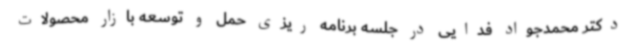
دکتر محمدجواد فدایی در جلسه برنامه ریزی حمل و توسعه بازار محصولات